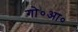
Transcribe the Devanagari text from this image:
गो०आ०